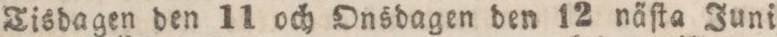
Tisdagen den 11 och Onsdagen den 12 näſta Juni